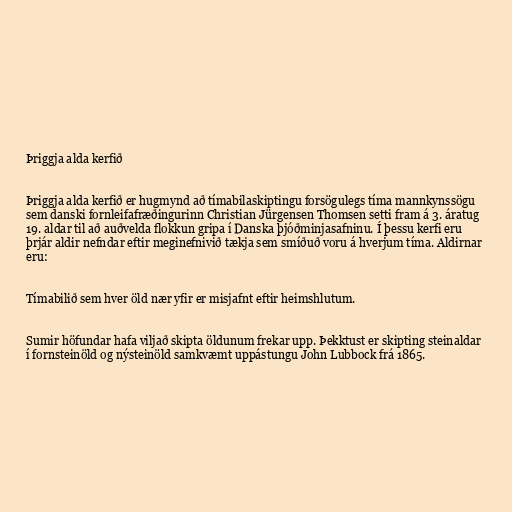
Þriggja alda kerfið

Þriggja alda kerfið er hugmynd að tímabilaskiptingu forsögulegs tíma mannkynssögu
sem danski fornleifafræðingurinn Christian Jürgensen Thomsen setti fram á 3. áratug
19. aldar til að auðvelda flokkun gripa í Danska þjóðminjasafninu. Í þessu kerfi eru
þrjár aldir nefndar eftir meginefnivið tækja sem smíðuð voru á hverjum tíma. Aldirnar
eru:

Tímabilið sem hver öld nær yfir er misjafnt eftir heimshlutum.

Sumir höfundar hafa viljað skipta öldunum frekar upp. Þekktust er skipting steinaldar
í fornsteinöld og nýsteinöld samkvæmt uppástungu John Lubbock frá 1865.